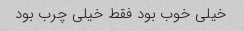
خیلی خوب بود فقط خیلی چرب بود